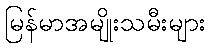
မြန်မာအမျိုးသမီးများ